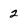
Character: 2